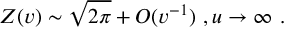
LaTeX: Z ( v ) \sim \sqrt { 2 \pi } + O ( v ^ { - 1 } ) \ , u \rightarrow \infty \ .